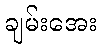
ချမ်းအေး